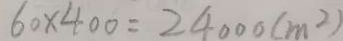
6 0 \times 4 0 0 = 2 4 0 0 0 ( m ^ { 2 } )